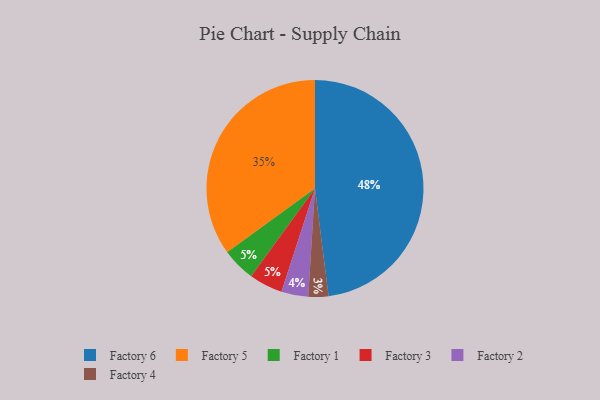
{"axis": {"x": "Category", "y": "Percentage"}, "legend": ["Factory 1", "Factory 2", "Factory 3", "Factory 4", "Factory 5", "Factory 6"], "data": [{"x": "Factory 6", "y": 48, "type": "Factory 6"}, {"x": "Factory 1", "y": 5, "type": "Factory 1"}, {"x": "Factory 5", "y": 35, "type": "Factory 5"}, {"x": "Factory 3", "y": 5, "type": "Factory 3"}, {"x": "Factory 4", "y": 3, "type": "Factory 4"}, {"x": "Factory 2", "y": 4, "type": "Factory 2"}]}